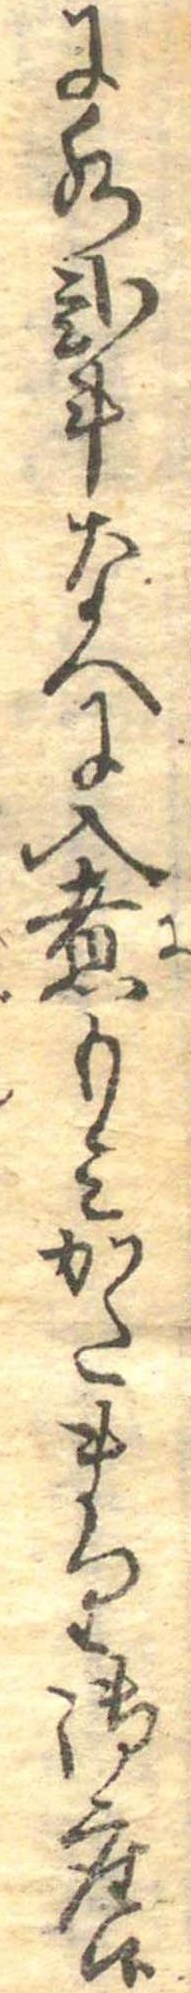
に水弐斗なへに入煮もみかたまり御座候